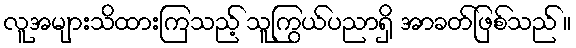
လူအများသိထားကြသည့် သူကြွယ်ပညာရှိ အာခတ်ဖြစ်သည် ။